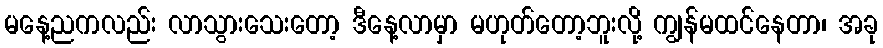
မနေ့ညကလည်း လာသွားသေးတော့ ဒီနေ့လာမှာ မဟုတ်တော့ဘူးလို့ ကျွန်မထင်နေတာ၊ အခု